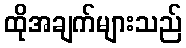
ထိုအချက်များသည်